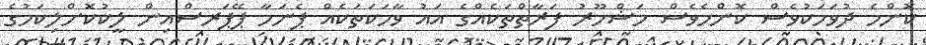
ކޮންމެ ދުވަހަކުވެސް ކޮންމެވެސް މަޝްހޫރު ފަރާތްތަކެއްގެ އައު ވާހަކަތަކެއް ޕެނަމާ ޕޭޕަރސްއިން ލީކުކޮށްލިކަމުގެ